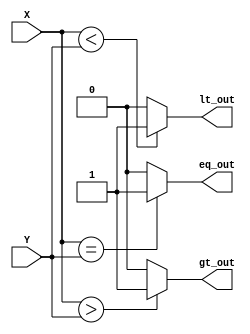
module CMP
#(parameter WIDTH =8 ) 
(X, Y , eq_out , lt_out , gt_out );
 input [WIDTH-1:0] X , Y ;
 output  eq_out , lt_out , gt_out ;
 
 assign eq_out = (X==Y) ? 1'b1 : 1'b0 ;
  assign lt_out = (X<Y)? 1'b1  : 1'b0 ;
  assign gt_out = (X>Y)? 1'b1:  1'b0 ;
   
endmodule